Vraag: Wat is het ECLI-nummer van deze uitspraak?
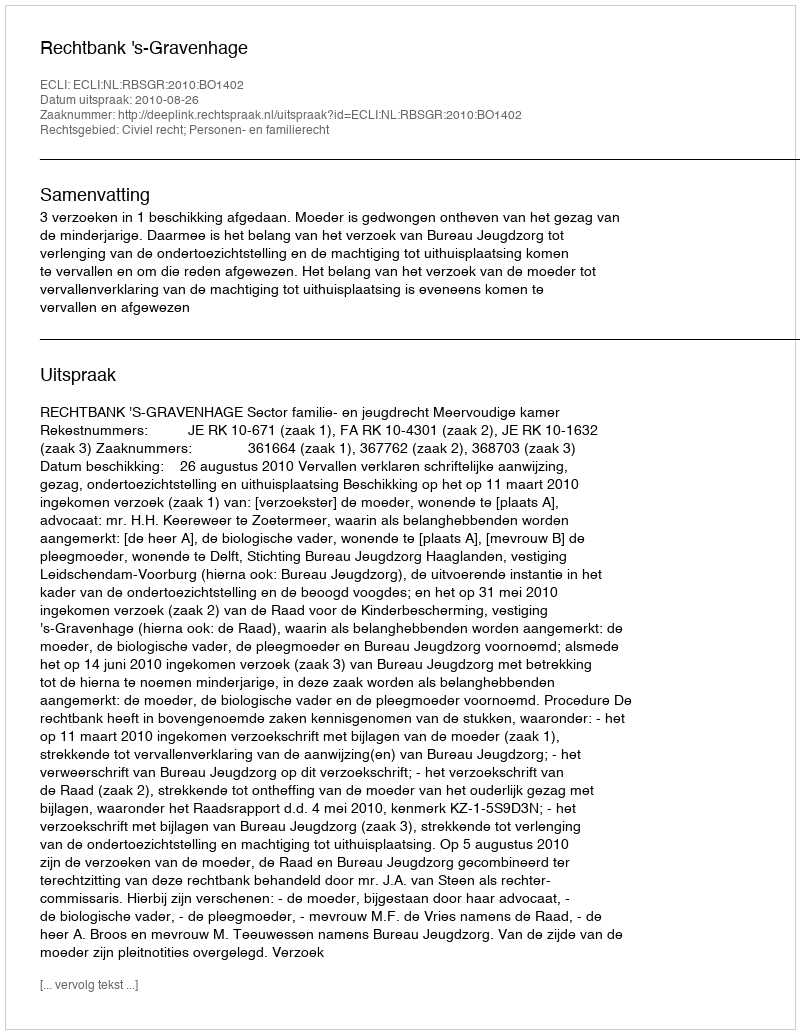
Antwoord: ECLI:NL:RBSGR:2010:BO1402